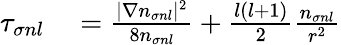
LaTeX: \begin{array}{rl}{\tau_{\sigma nl}}&{{}=\frac{|\nabla n_{\sigma nl}|^{2}}{8n_{\sigma nl}}+\frac{l(l+1)}{2}\frac{n_{\sigma nl}}{r^{2}}}\end{array}